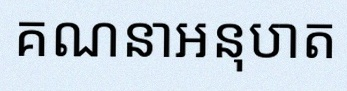
គណនាអនុបាត